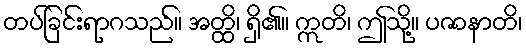
တပ်ခြင်းရာဂသည်။ အတ္ထိ၊ ရှိ၏။ ဣတိ၊ ဤသို့။ ပဇာနာတိ၊